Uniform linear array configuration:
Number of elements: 8
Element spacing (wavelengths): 0.25
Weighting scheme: hamming
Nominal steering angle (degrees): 30
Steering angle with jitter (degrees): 30.099
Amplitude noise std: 0.05
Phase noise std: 0.05

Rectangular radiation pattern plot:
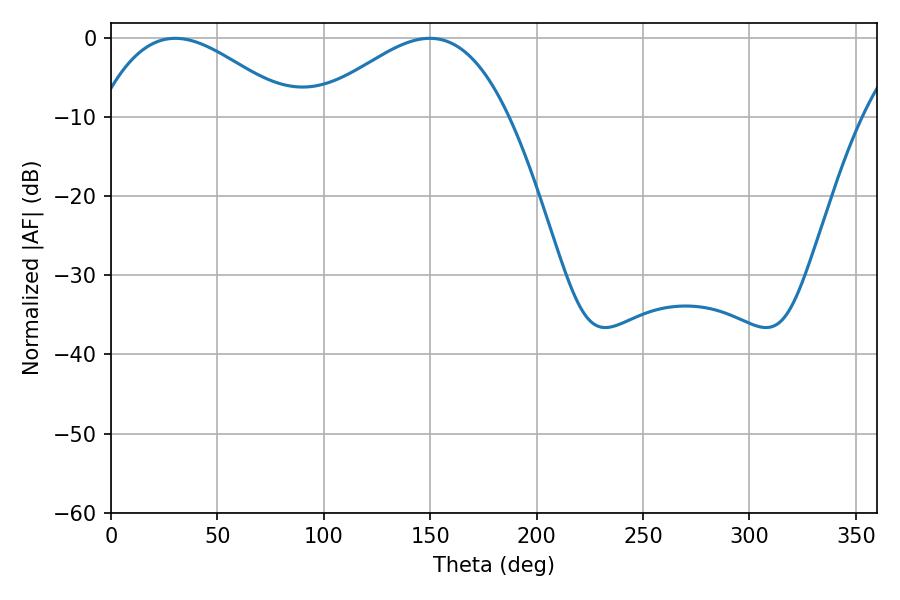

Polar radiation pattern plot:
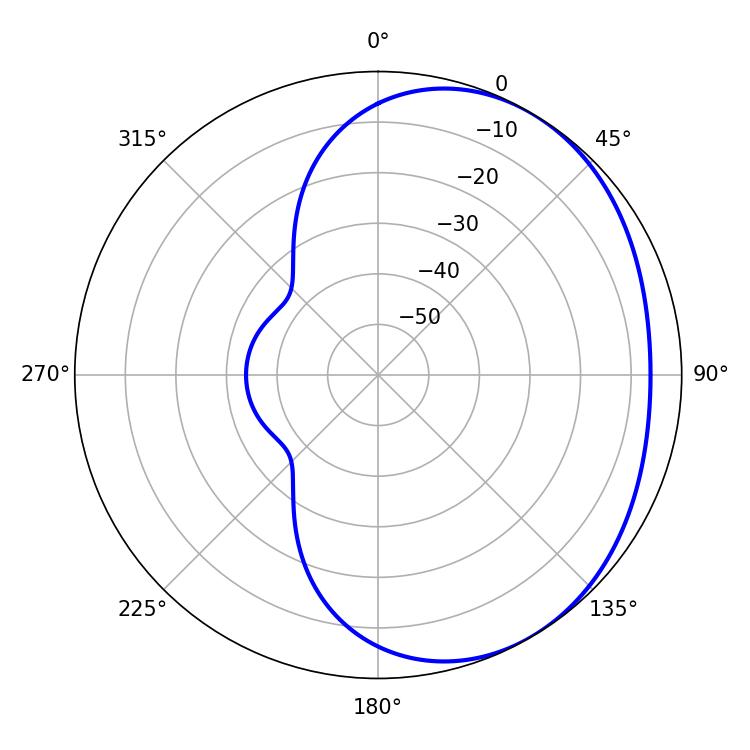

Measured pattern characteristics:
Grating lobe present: FALSE
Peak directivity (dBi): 2.7
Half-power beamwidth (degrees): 49.68
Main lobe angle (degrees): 30.24